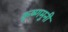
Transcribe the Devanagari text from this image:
कृष्णमुनी